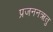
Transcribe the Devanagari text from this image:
प्रजननऋतु